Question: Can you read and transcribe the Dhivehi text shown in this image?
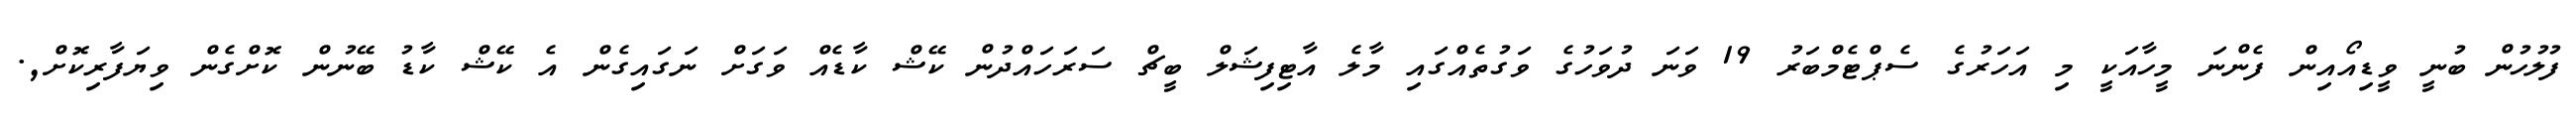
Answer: ފުލުހުން ބުނީ ވީޑިއޯއިން ފެންނަ މީހާއަކީ މި އަހަރުގެ ސެޕްޓެމްބަރު 19 ވަނަ ދުވަހުގެ ވަގުތެއްގައި މާލެ އާޓިފިޝަލް ބީޗް ސަރަހައްދުން ކޭޝް ކާޑެއް ވަގަށް ނަގައިގެން އެ ކޭޝް ކާޑު ބޭނުން ކޮށްގެން ވިޔަފާރިކޮށް,.